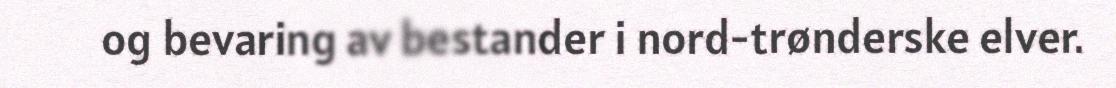
og bevaring av bestander i nord-trønderske elver.